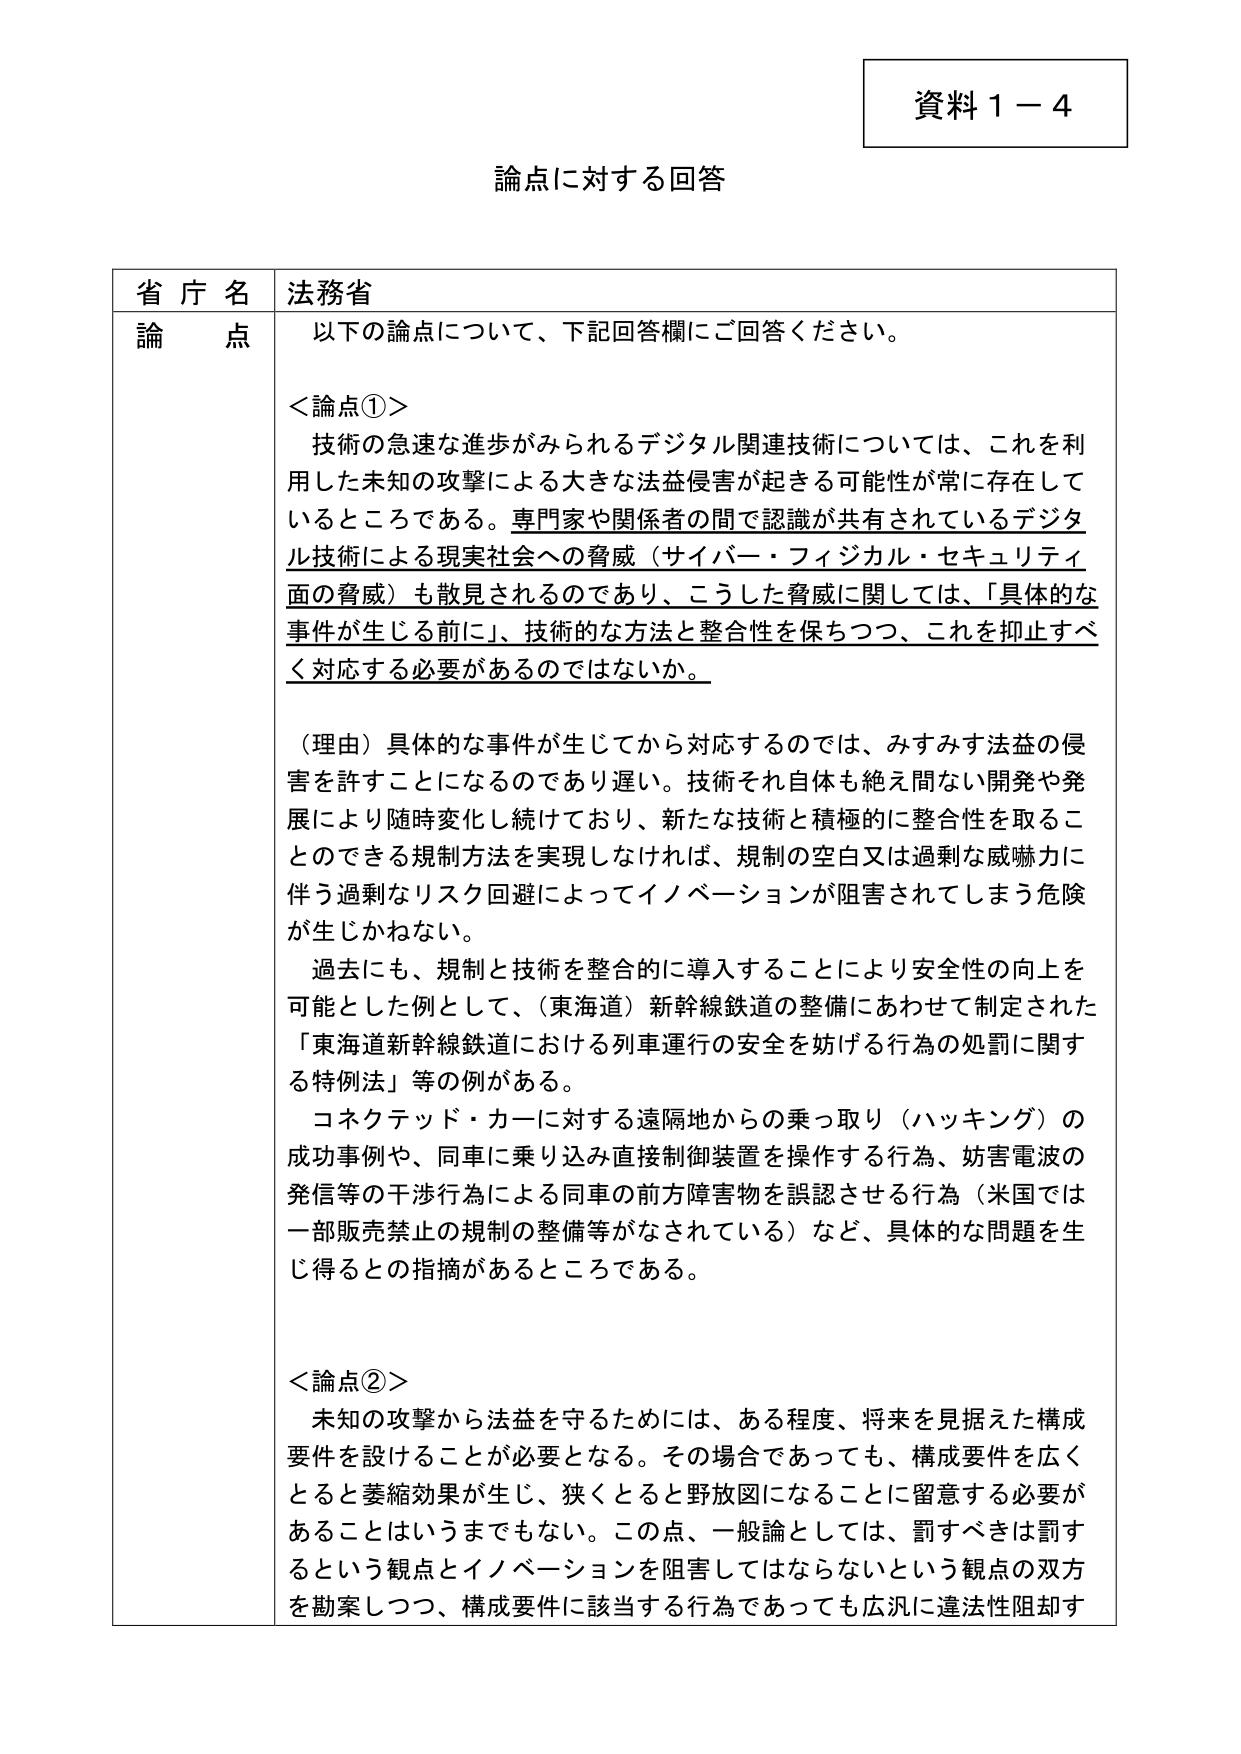
資料１－４

論点に対する回答

省庁名 法務省

論点 以下の論点について、下記回答欄にご回答ください。

＜論点①＞
技術の急速な進歩がみられるデジタル関連技術については、これを利用した未知の攻撃による大きな法益侵害が起きる可能性が常に存在しているところである。専門家や関係者の間で認識が共有されているデジタル技術による現実社会への脅威（サイバー・フィジカル・セキュリティ面の脅威）も散見されるのであり、こうした脅威に関しては、「具体的な事件が生じる前に」、技術的な方法と整合性を保ちつつ、これを抑止すべく対応する必要があるのではないか。

（理由）具体的な事件が生じてから対応するのでは、みすみす法益の侵害を許すことになるのであり遅い。技術それ自体も絶え間ない開発や発展により随時変化し続けており、新たな技術と積極的に整合性を取ることのできる規制方法を実現しなければ、規制の空白又は過剰な威嚇力に伴う過剰なリスク回避によってイノベーションが阻害されてしまう危険が生じかねない。

過去にも、規制と技術を整合的に導入することにより安全性の向上を可能とした例として、（東海道）新幹線鉄道の整備にあわせて制定された「東海道新幹線鉄道における列車運行の安全を妨げる行為の処罰に関する特例法」等の例がある。

コネクテッド・カーに対する遠隔地からの乗っ取り（ハッキング）の成功事例や、同車に乗り込み直接制御装置を操作する行為、妨害電波の発信等の干渉行為による同車の前方障害物を誤認させる行為（米国では一部販売禁止の規制の整備等がなされている）など、具体的な問題を生じ得るとの指摘があるところである。

＜論点②＞
未知の攻撃から法益を守るためには、ある程度、将来を見据えた構成要件を設けることが必要となる。その場合であっても、構成要件を広くとると萎縮効果が生じ、狭くとると野放図になることに留意する必要があることはいうまでもない。この点、一般論としては、罰すべきは罰するという観点とイノベーションを阻害してはならないという観点の双方を勘案しつつ、構成要件に該当する行為であっても広汎に違法性阻却す